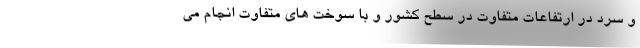
و سرد در ارتفاعات متفاوت در سطح کشور و با سوخت های متفاوت انجام می